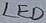
Text: LED